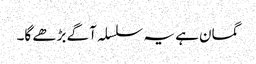
گمان ہے یہ سلسلہ آگے بڑھے گا۔